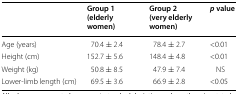
|  | Group 1 (elderly women) | Group 2 (very elderly women) | p value |
 | --- | --- | --- | --- |
 | Age (years) | 70.4 ± 2.4 | 78.4 ± 2.7 | <0.01 |
 | Height (cm) | 152.7 ± 5.6 | 148.4 ± 4.8 | <0.01 |
 | Weight (kg) | 50.8 ± 8.5 | 47.9 ± 7.4 | NS |
 | Lower-limb length (cm) | 69.5 ± 3.6 | 66.9 ± 2.8 | <0.05 |